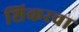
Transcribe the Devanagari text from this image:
शिकरचा